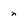
Character: n